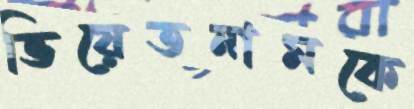
ভিয়েতনামকে